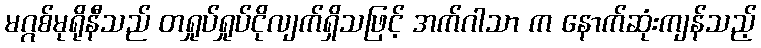
မဂ္ဂစ်မုရိုနီသည် တရှုပ်ရှုပ်ငိုလျက်ရှိသဖြင့် အက်ဂါသာ က နောက်ဆုံးကျန်သည့်